Civil Veterinary Department. Madras. Admin. report 1910-25 - 1910-1925
Year: 1910
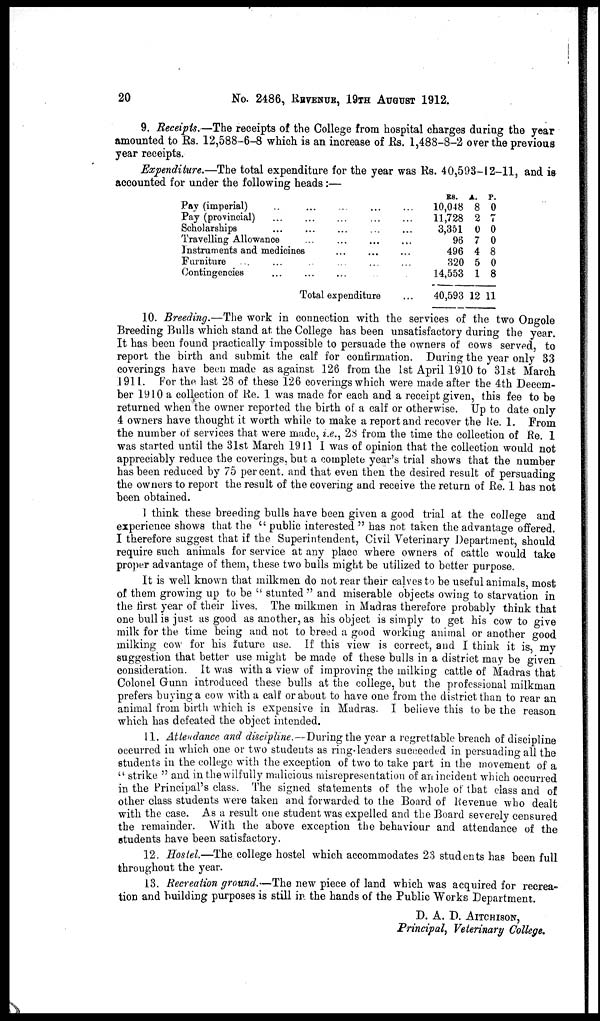
20
No. 2486, REVENUE, 19TH AUGUST 1912.
9. Receipts.—The receipts of the College from hospital charges during the year
amounted to Rs. 12,588-6-8 which is an increase of Rs. 1,488-8-2 over the previous
year receipts.
Expenditure.—The total expenditure for the year was Rs. 40,593-12-11, and is
accounted for under the following heads :—
Pay (imperial) .. ... ... ... ...
Pay (provincial) ... ... ... ... ...
Scholarships
...
...
...
...
...
Travelling Allowance ... ... ... ...
Instruments and medicines ... ... ...
Furniture ... .... ... ... ... ...
Contingencies ... ... ... ... ...
Total expenditure
...
RS.
10,048
11,728
3,351
96
496
320
14,553
40,593
A.
8
2
0
7
4
5
1
12
P.
0
7
0
0
8
0
8
11
10. Breeding.—The work in connection with the services of the two Ongole
Breeding Bulls which stand at the College has been unsatisfactory during the year.
It has been found practically impossible to persuade the owners of cows served, to
report the birth and submit the calf for confirmation. During the year only 33
coverings have been made as against 126 from the 1st April 1910 to 31st March
1911. For the last 28 of these 126 coverings which were made after the 4th Decem-
ber 1910 a collection of Re. 1 was made for each and a receipt given, this fee to be
returned when the owner reported the birth of a calf or otherwise. Up to date only
4 owners have thought it worth while to make a report and recover the Re. 1. From
the number of services that were made, i.e., 28 from the time the collection of Re. 1
was started until the 31st March 1911 I was of opinion that the collection would not
appreciably reduce the coverings, but a complete year's trial shows that the number
has been reduced by 75 percent, and that even then the desired result of persuading
the owners to report the result of the covering and receive the return of Re. 1 has not
been obtained.
1 think these breeding bulls have been given a good trial at the college and
experience shows that the "public interested" has not taken the advantage offered.
I therefore suggest that if the Superintendent, Civil Veterinary Department, should
require such animals for service at any place where owners of cattle would take
proper advantage of them, these two bulls might be utilized to better purpose.
It is well known that milkmen do not rear their calves to be useful animals, most
of them growing up to be u stunted" and miserable objects owing to starvation in
the first year of their lives. The milkmen in Madras therefore probably think that
one bull is just as good as another, as his object is simply to get his cow to give
milk for the time being and not to breed a good working animal or another good
milking cow for his future use. If this view is correct, and I think it is, my
suggestion that better use might be made of these bulls in a district may be given
consideration. It was with a view of improving the milking cattle of Madras that
Colonel Gunn introduced these bulls at the college, but the professional milkman
prefers buying a cow with a calf or about to have one from the district than to rear an
animal from birth which is expensive in Madras. I believe this to be the reason
which has defeated the object intended.
11. Attendance and discipline.—-During the year a regrettable breach of discipline
occurred in which one or two students as ring leaders succeeded in persuading all the
students in the college with the exception of two to take part in the movement of a
"strike" and in the wilful ly malicious misrepresentation of an incident which occurred
in the Principal's class. The signed statements of the whole of that class and of
other class students were taken and forwarded to the Board of Revenue who dealt
with the case. As a result one student was expelled and the Board severely censured
the remainder. With the above exception the behaviour and attendance of the
students have been satisfactory.
12. Hostel—The college hostel which accommodates 23 students has been full
throughout the year.
13. Recreation ground.—The new piece of land which was acquired for recrea-
tion and building purposes is still in the hands of the Public Works Department.
D. A. D. AITCHISON,
Principal, Veterinary College.